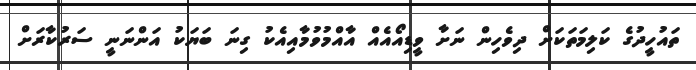
ތައުހީދުގެ ކަލިމަތަކަށް ދިވެހިން ނަށާ ވީޑިއޯއެއް އާއްމުވުމާއިއެކު ގިނަ ބަޔަކު އަންނަނީ ސަރުކާރަށް